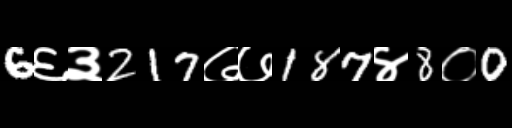
Text: 6६३217७७187४8०0